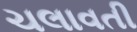
ચલાવતી